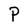
Character: P